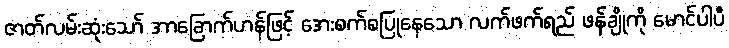
ဇာတ်လမ်းဆုံးသော် အာခြောက်ဟန်ဖြင့် အေးစက်စပြုနေသော လက်ဖက်ရည် ဖန်ချိုကို မောင်ပါပီ